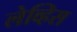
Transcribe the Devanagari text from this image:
लेव्हिस